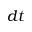
d t